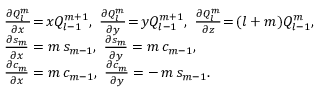
\begin{array} { r l } & { \frac { \partial Q _ { l } ^ { m } } { \partial x } \! = \! x Q _ { l - 1 } ^ { m + 1 } , \ \frac { \partial Q _ { l } ^ { m } } { \partial y } \! = \! y Q _ { l - 1 } ^ { m + 1 } , \ \frac { \partial Q _ { l } ^ { m } } { \partial z } \! = \! ( l + m ) Q _ { l - 1 } ^ { m } , } \\ & { \frac { \partial s _ { m } } { \partial x } = m \, s _ { m - 1 } , \ \frac { \partial s _ { m } } { \partial y } = m \, c _ { m - 1 } , \ } \\ & { \frac { \partial c _ { m } } { \partial x } = m \, c _ { m - 1 } , \ \frac { \partial c _ { m } } { \partial y } = - \, m \, s _ { m - 1 } . } \end{array}